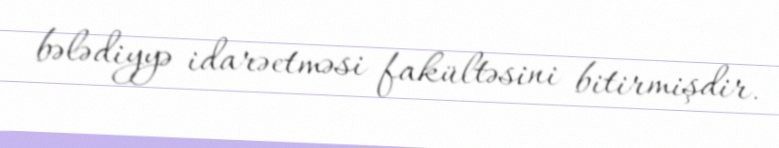
bələdiyyə idarəetməsi fakültəsini bitirmişdir.